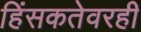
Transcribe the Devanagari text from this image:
हिंसकतेवरही